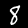
Digit: 8